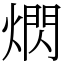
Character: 熌